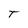
Character: T